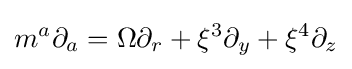
m^{a}\partial _{a}=\Omega \partial _{r}+\xi ^{3}\partial _{y}+\xi ^{4}\partial _{z}